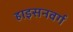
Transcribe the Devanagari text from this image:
हाइसनवर्ग